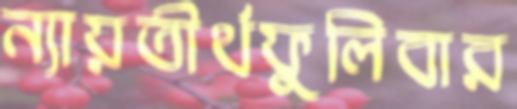
ন্যায়তীর্থফুলিবার